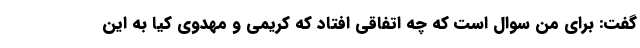
گفت: برای من سوال است که چه اتفاقی افتاد که کریمی و مهدوی کیا به این